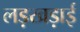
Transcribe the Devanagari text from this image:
लड़खड़ाई